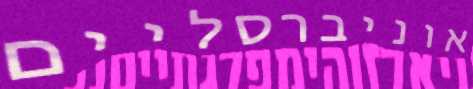
אוניברסליים